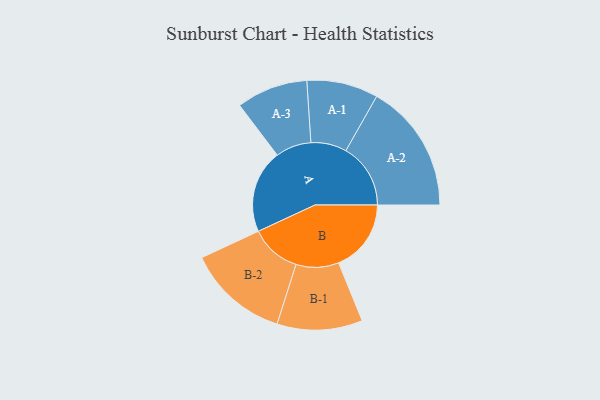
{"axis": {"x": "Segment", "y": "Value"}, "legend": ["", "A", "B"], "data": [{"x": "A", "y": 359, "type": ""}, {"x": "B", "y": 313, "type": ""}, {"x": "A-1", "y": 154, "type": "A"}, {"x": "A-2", "y": 279, "type": "A"}, {"x": "A-3", "y": 154, "type": "A"}, {"x": "B-1", "y": 184, "type": "B"}, {"x": "B-2", "y": 219, "type": "B"}]}